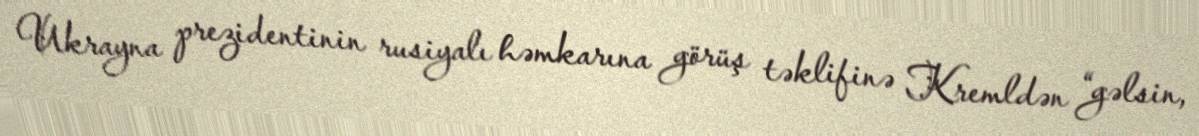
Ukrayna prezidentinin rusiyalı həmkarına görüş təklifinə Kremldən “gəlsin,